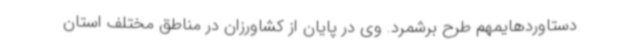
دستاوردهایمهم طرح برشمرد. وی در پایان از کشاورزان در مناطق مختلف استان